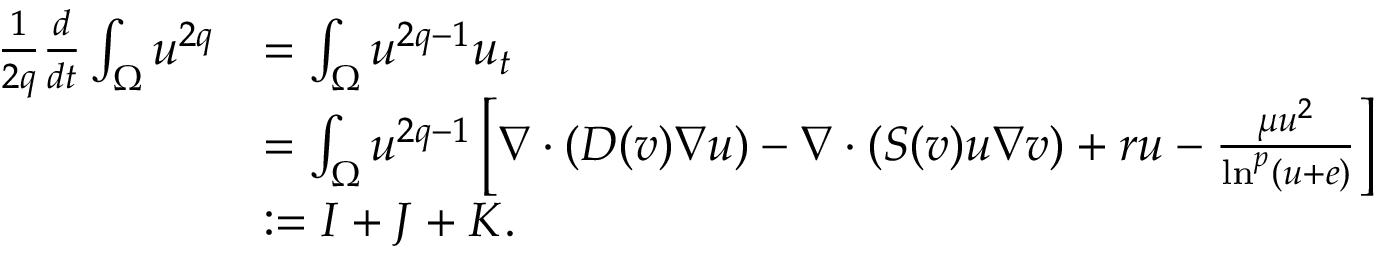
\begin{array} { r l } { \frac { 1 } { 2 q } \frac { d } { d t } \int _ { \Omega } u ^ { 2 q } } & { = \int _ { \Omega } u ^ { 2 q - 1 } u _ { t } } \\ & { = \int _ { \Omega } u ^ { 2 q - 1 } \left[ \nabla \cdot ( D ( v ) \nabla u ) - \nabla \cdot ( S ( v ) u \nabla v ) + r u - \frac { \mu u ^ { 2 } } { \ln ^ { p } ( u + e ) } \right] } \\ & { : = I + J + K . } \end{array}